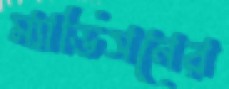
ম্যাডিসনের